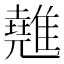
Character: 𩀸